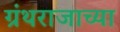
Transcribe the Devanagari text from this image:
ग्रंथराजाच्या